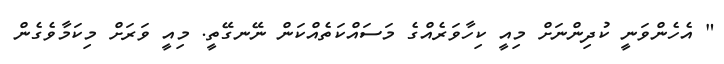
" އެހެންވަނީ ކުދިންނަށް މިއީ ކިހާވަރެއްގެ މަސައްކަތެއްކަން ނޭނގޭތީ. މިއީ ވަރަށް މިކަމާވެގެން